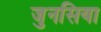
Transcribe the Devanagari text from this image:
जुनसिया